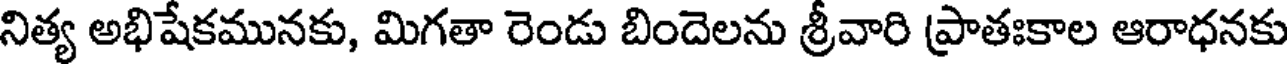
నిత్య అభిషేకమునకు, మిగతా రెండు బిందెలను శ్రీవారి ప్రాతఃకాల ఆరాధనకు